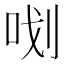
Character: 𭇞